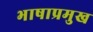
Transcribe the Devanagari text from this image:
भाषाप्रमुख